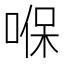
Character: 𠸒